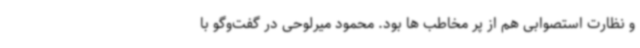
و نظارت استصوابی هم از پر مخاطب ها بود. محمود میرلوحی در گفت‌وگو با